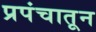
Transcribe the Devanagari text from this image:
प्रपंचातून